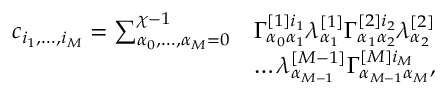
\begin{array} { r l } { c _ { i _ { 1 } , \dots , i _ { M } } = \sum _ { \alpha _ { 0 } , \dots , \alpha _ { M } = 0 } ^ { \chi - 1 } } & { \Gamma _ { \alpha _ { 0 } \alpha _ { 1 } } ^ { [ 1 ] i _ { 1 } } \lambda _ { \alpha _ { 1 } } ^ { [ 1 ] } \Gamma _ { \alpha _ { 1 } \alpha _ { 2 } } ^ { [ 2 ] i _ { 2 } } \lambda _ { \alpha _ { 2 } } ^ { [ 2 ] } } \\ & { \dots \lambda _ { \alpha _ { M - 1 } } ^ { [ M - 1 ] } \Gamma _ { \alpha _ { M - 1 } \alpha _ { M } } ^ { [ M ] i _ { M } } , } \end{array}